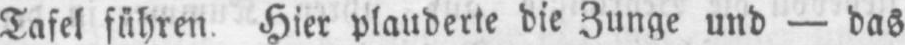
Tafel führen. Hier plauderte die Zunge und - das